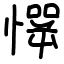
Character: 㦍